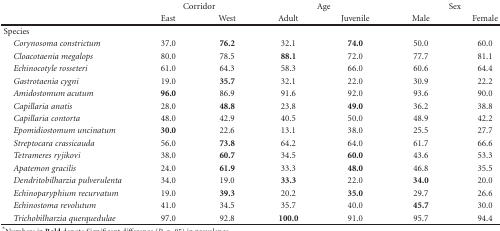
|  | <COLSPAN=2> Corridor | <COLSPAN=2> Age | <COLSPAN=2> Sex |
 |  | East | West | Adult | Juvenile | Male | Female |
 | --- | --- | --- | --- | --- | --- | --- |
 | Species |  |  |  |  |  |  |
 | Corynosoma constrictum | 37.0 | 76.2 | 32.1 | 74.0 | 50.0 | 60.0 |
 | Cloacotaenia megalops | 80.0 | 78.5 | 88.1 | 72.0 | 77.7 | 81.1 |
 | Echinocotyle rosseteri | 61.0 | 64.3 | 58.3 | 66.0 | 60.6 | 64.4 |
 | Gastrotaenia cygni | 19.0 | 35.7 | 32.1 | 22.0 | 30.9 | 22.2 |
 | Amidostomum acutum | 96.0 | 86.9 | 91.6 | 92.0 | 93.6 | 90.0 |
 | Capillaria anatis | 28.0 | 48.8 | 23.8 | 49.0 | 36.2 | 38.8 |
 | Capillaria contorta | 48.0 | 42.9 | 40.5 | 50.0 | 48.9 | 42.2 |
 | Epomidiostomum uncinatum | 30.0 | 22.6 | 13.1 | 38.0 | 25.5 | 27.7 |
 | Streptocara crassicauda | 56.0 | 73.8 | 64.2 | 64.0 | 61.7 | 66.6 |
 | Tetrameres ryjikovi | 38.0 | 60.7 | 34.5 | 60.0 | 43.6 | 53.3 |
 | Apatemon gracilis | 24.0 | 61.9 | 33.3 | 48.0 | 46.8 | 35.5 |
 | Dendritobilharzia pulverulenta | 34.0 | 19.0 | 33.3 | 22.0 | 34.0 | 20.0 |
 | Echinoparyphium recurvatum | 19.0 | 39.3 | 20.2 | 35.0 | 29.7 | 26.6 |
 | Echinostoma revolutum | 41.0 | 34.5 | 35.7 | 40.0 | 45.7 | 30.0 |
 | Trichobilharzia querquedulae | 97.0 | 92.8 | 100.0 | 91.0 | 95.7 | 94.4 |